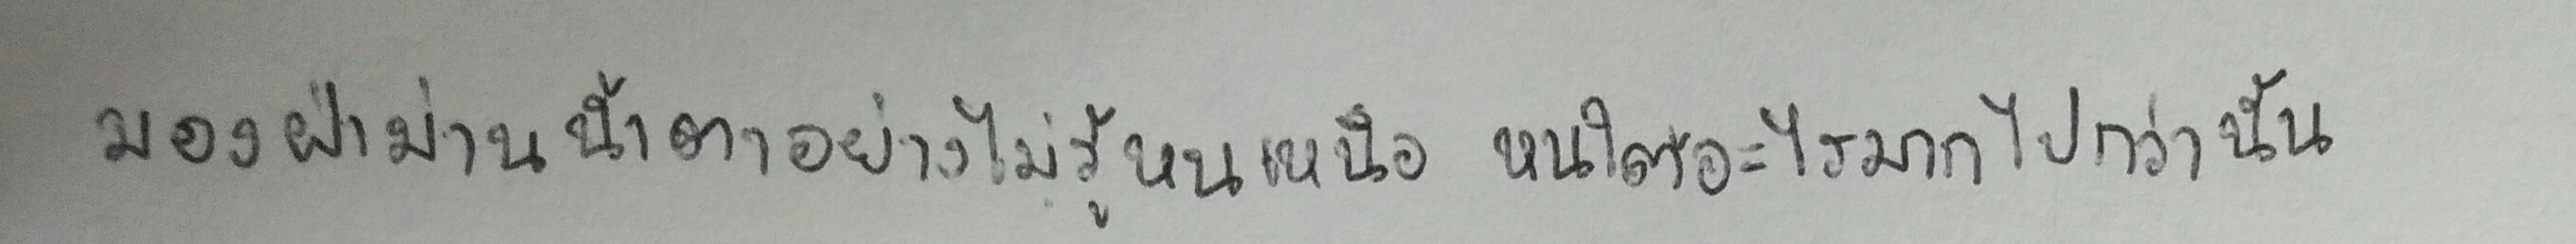
มองฝ่าม่านน้ำตาอย่างไม่รู้หนเหนือหนใต้อะไรมากไปกว่านั้น